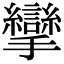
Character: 攣